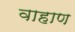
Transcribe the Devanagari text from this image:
वाहाण